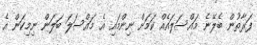
ފަރާތުން ބެލޭނެ މައްސަލައެއްް ކަމަށް ނިންމައި އެ މައްސަލަ ބަލަން ނިމިކަން އެ